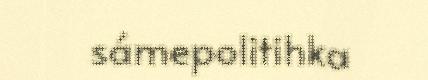
sámepolitihka